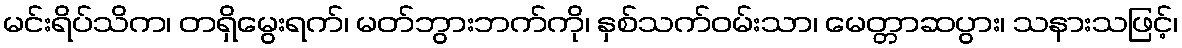
မင်းရိပ်သိက၊ တရှိမွေးရက်၊ မတ်ဘွားဘက်ကို၊ နှစ်သက်ဝမ်းသာ၊ မေတ္တာဆပွား၊ သနားသဖြင့်၊